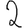
Digit: 2